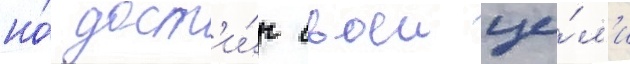
но́ дост'и́г своеи це́л'и